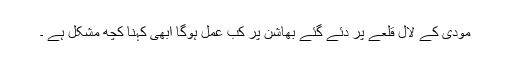
مودی کے لال قلعے پر دئے گئے بھاشن پر کب عمل ہوگا ابھی کہنا کچھ مشکل ہے ۔